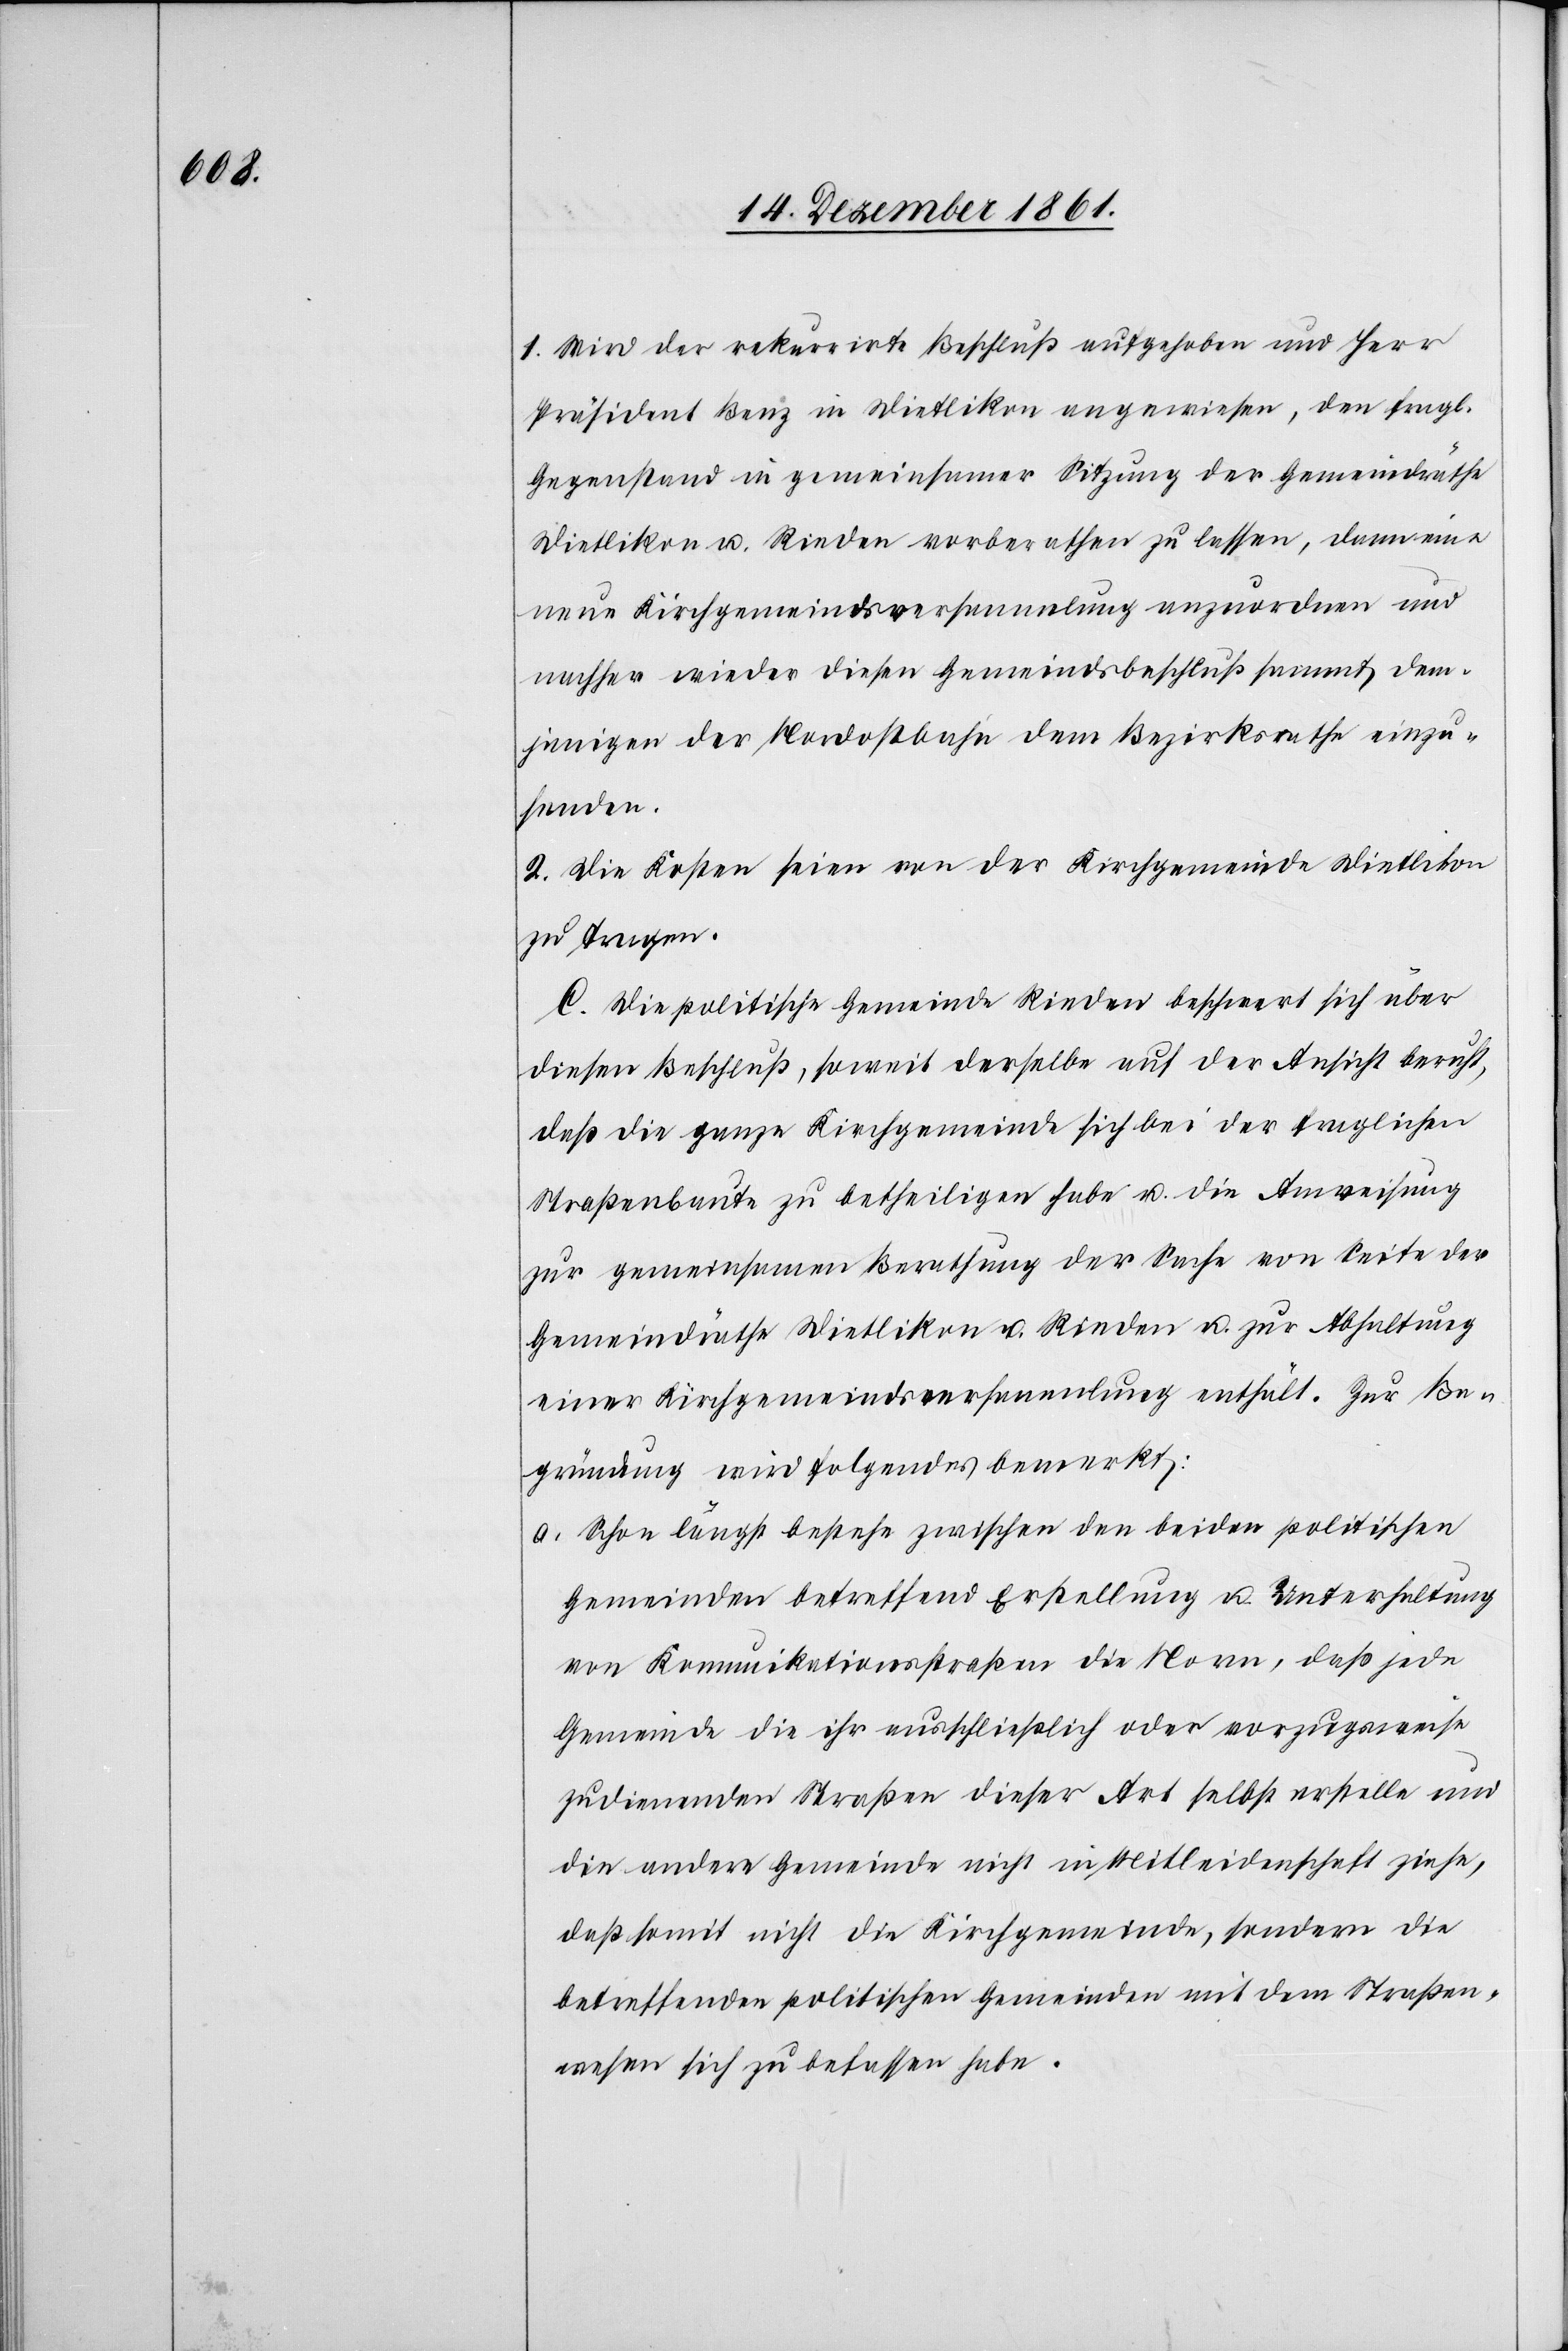
1. Wird der rekurrirte Beschluß aufgehoben und Herr
Präsident Benz in Dietlikon angewiesen, den fragl.
Gegenstand in gemeinsamer Sitzung der Gemeindräthe
Dietlikon u. Rieden vorberathen zu lassen, dann eine
neue Kirchgemeindsversammlung anzuordnen und
nachher wieder diesen Gemeindsbeschluß sammt dem¬
jenigen der Nordostbahn dem Bezirksrathe einzu¬
senden.
2. Die Kosten seien von der Kirchgemeinde Dietlikon
zu tragen.
C. Die politische Gemeinde Rieden beschwert sich über
diesen Beschluß, soweit derselbe auf der Ansicht beruht,
daß die ganze Kirchgemeinde sich bei der fraglichen
Straßenbaute zu betheiligen habe u. die Anweisung
zur gemeinsamen Berathung der Sache von Seite der
Gemeindräthe Dietlikon u. Rieden u. zur Abhaltung
einer Kirchgemeindsversammlung enthält. Zur Be¬
gründung wird folgendes bemerkt;
a. Schon längst bestehe zwischen den beiden politischen
Gemeinden betreffend Erstellung u. Unterhaltung
von Kommunikationsstraßen die Norm, daß jede
Gemeinde die ihr ausschließlich oder vorzugsweise
zudienenden Straßen dieser Art selbst erstelle und
die andere Gemeinde nicht in Mitleidenschaft ziehe,
daß somit nicht die Kirchgemeinde, sondern die
betreffenden politischen Gemeinden mit dem Straßen¬
wesen sich zu befassen haben.